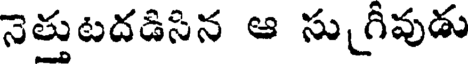
నెత్తుటదడిసిన ఆ సుగ్రీవుడు